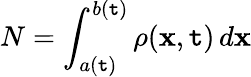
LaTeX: N=\int_{a(\mathtt{t})}^{b(\mathtt{t})}\rho(\mathbf{x},\mathtt{t})\, d\mathbf{x}